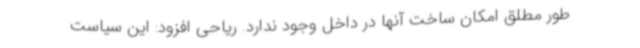
طور مطلق امکان ساخت آنها در داخل وجود ندارد. ریاحی افزود: این سیاست